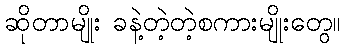
ဆိုတာမျိုး ခနဲ့တဲ့တဲ့စကားမျိုးတွေ။